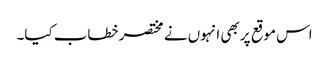
اس موقع پر بھی انہوں نے مختصر خطاب کیا۔